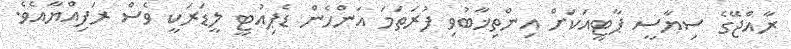
ރާއްޖޭގެ ސިޔާސީ ޕާޓީއަކަށް އިންތިޚާބުވި ފުރަތަމަ އަންހެން ޑެޕިއުޓީ ލީޑަރަކީ ވެސް ރަފިއްޔާއެވެ.